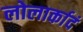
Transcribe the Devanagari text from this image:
लोलार्कादं